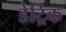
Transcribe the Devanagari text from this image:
डेट्रिक